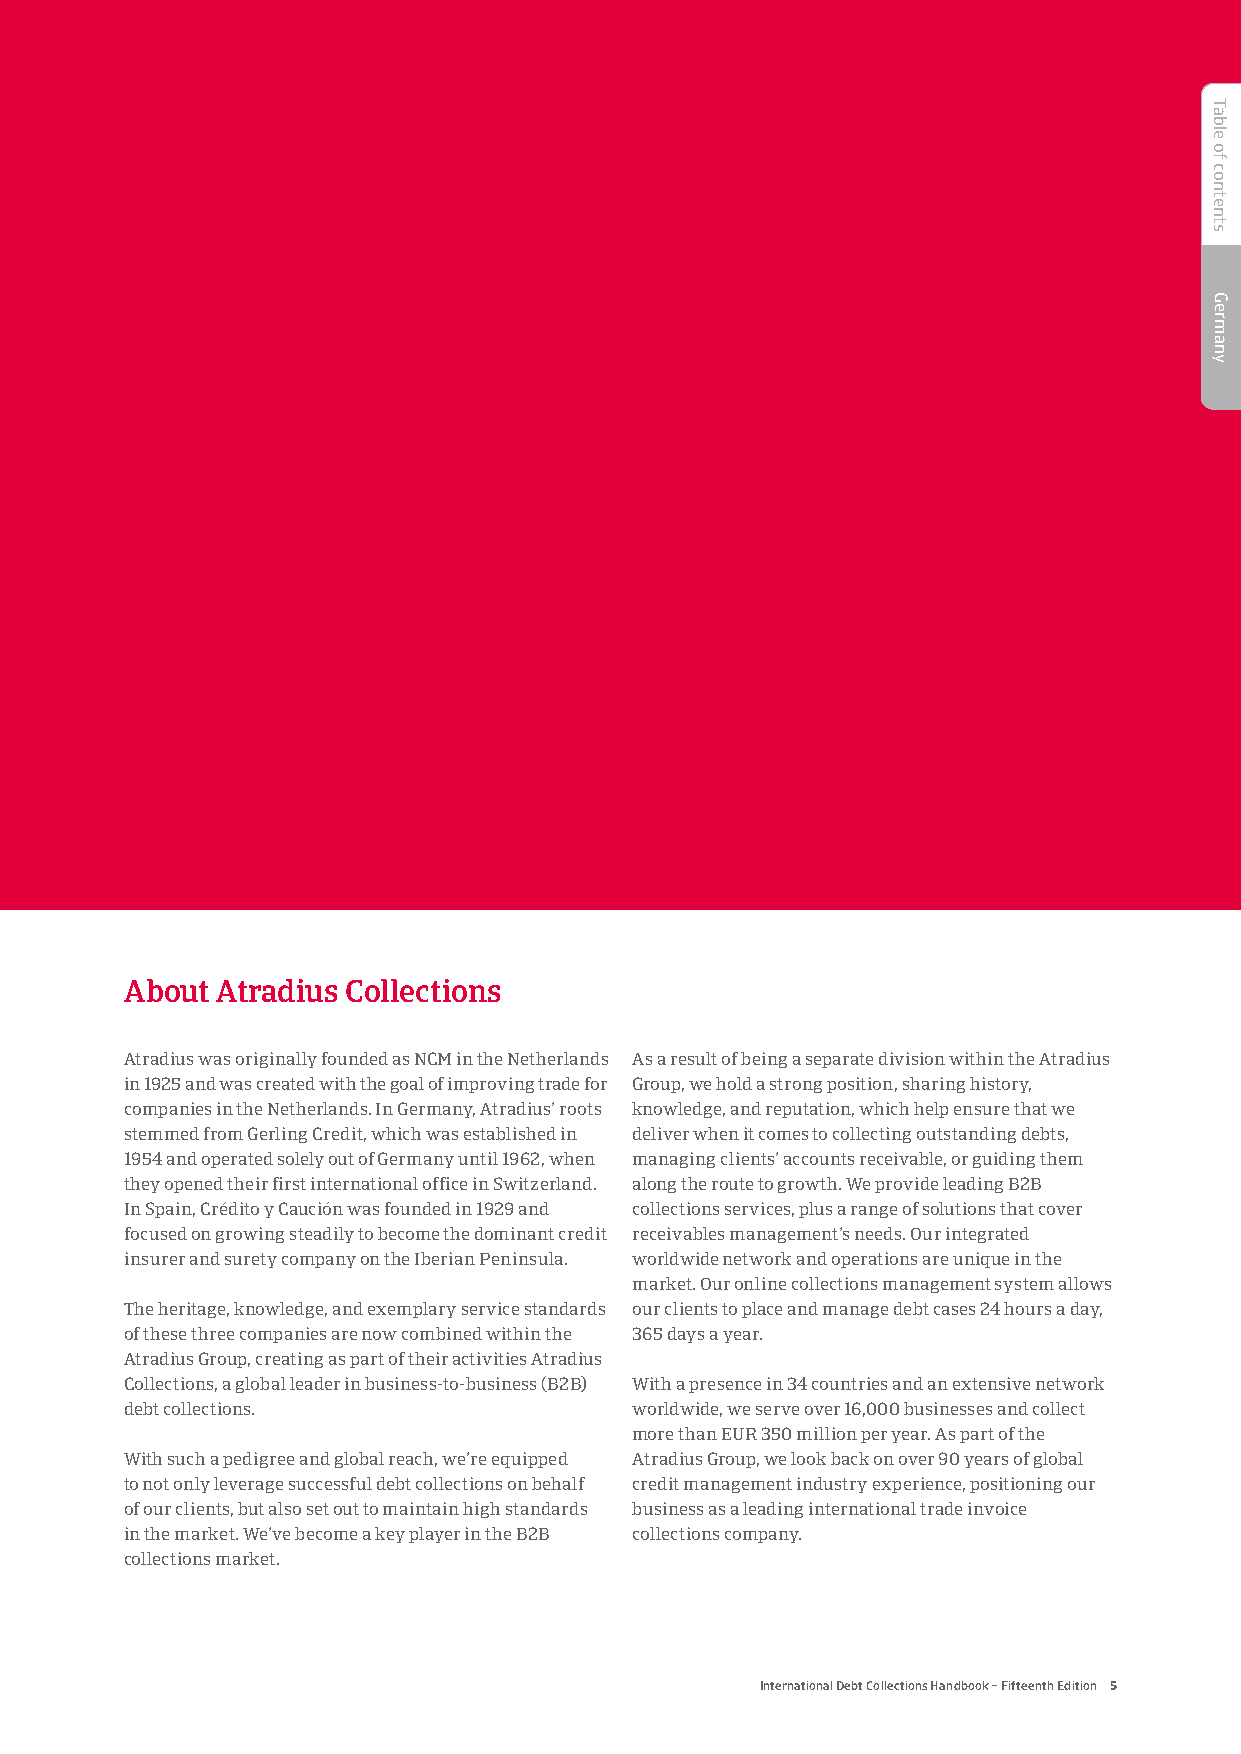
About Atradius Collections
 Atradius was originally founded as NCM in the Netherlands As a result of being a separate division within the Atradius
 in 1925 and was created with the goal of improving trade for Group, we hold a strong position, sharing history,
 companies in the Netherlands. In Germany, Atradius’ roots knowledge, and reputation, which help ensure that we
 stemmed from Gerling Credit, which was established in deliver when it comes to collecting outstanding debts,
 1954 and operated solely out of Germany until 1962, when managing clients’ accounts receivable, or guiding them
 they opened their first international office in Switzerland. along the route to growth. We provide leading B2B
 In Spain, Crédito y Caución was founded in 1929 and collections services, plus a range of solutions that cover
 focused on growing steadily to become the dominant credit receivables management’s needs. Our integrated
 insurer and surety company on the Iberian Peninsula. worldwide network and operations are unique in the
 market. Our online collections management system allows
 The heritage, knowledge, and exemplary service standards our clients to place and manage debt cases 24 hours a day,
 of these three companies are now combined within the 365 days a year.
 Atradius Group, creating as part of their activities Atradius
 Collections, a global leader in business-to-business (B2B) With a presence in 34 countries and an extensive network
 debt collections.                 worldwide, we serve over 16,000 businesses and collect
 more than EUR 350 million per year. As part of the
 With such a pedigree and global reach, we’re equipped Atradius Group, we look back on over 90 years of global
 to not only leverage successful debt collections on behalf credit management industry experience, positioning our
 of our clients, but also set out to maintain high standards business as a leading international trade invoice
 in the market. We’ve become a key player in the B2B collections company.
 collections market.
 International Debt Collections Handbook – Fifteenth Edition 5
 Table
 of
 contents
 Germany